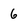
Character: 6